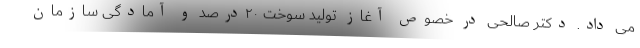
می داد. دکتر صالحی در خصوص آغاز تولید سوخت ۲۰درصد و آمادگی سازمان